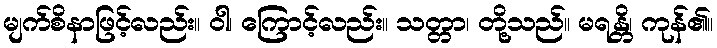
မျက်စိနာဖြင့်လည်း။ ဝါ၊ ကြောင့်လည်း။ သတ္တာ၊ တို့သည်။ မရန္တိ၊ ကုန်၏။